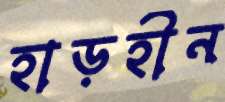
হাড়হীন